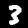
Digit: 3